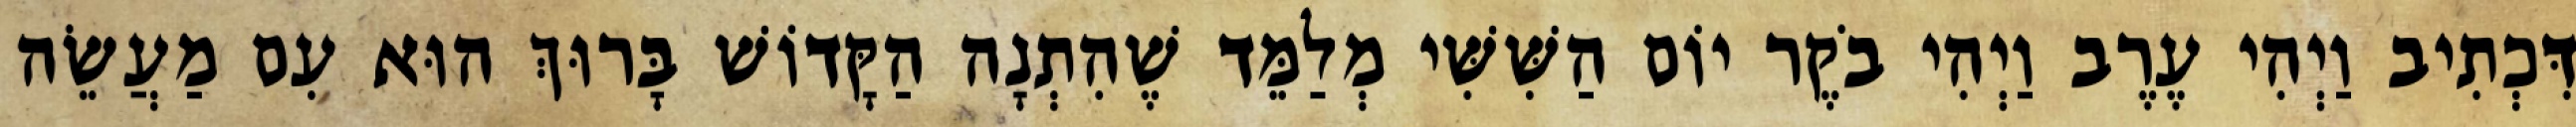
דִּכְתִיב וַיְהִי עֶרֶב וַיְהִי בֹקֶר יוֹם הַשִּׁשִּׁי מְלַמֵּד שֶׁהִתְנָה הַקָּדוֹשׁ בָּרוּךְ הוּא עִם מַעֲשֵׂה